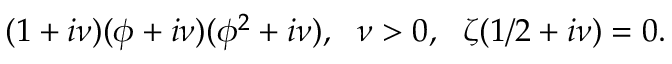
( 1 + i \nu ) ( \phi + i \nu ) ( \phi ^ { 2 } + i \nu ) , ~ ~ \nu > 0 , ~ ~ \zeta ( 1 / 2 + i \nu ) = 0 .